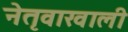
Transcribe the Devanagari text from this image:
नेतृवाखाली